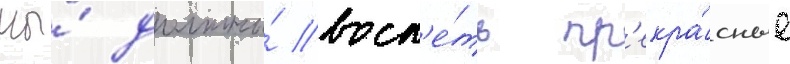
мы́ должны́ восп'е́ть пр'екра́сные